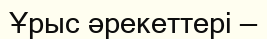
Ұрыс әрекеттері —